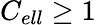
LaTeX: C_{ell}\geq 1